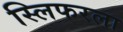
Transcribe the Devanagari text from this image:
स्लिफरला